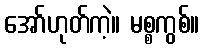
အော်ဟုတ်ကဲ့။ မစ္စကွစ်။